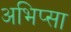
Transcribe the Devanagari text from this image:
अभिप्सा